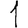
Digit: 1